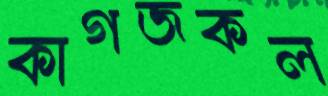
কাগজকল